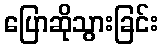
ပြောဆိုသွားခြင်း